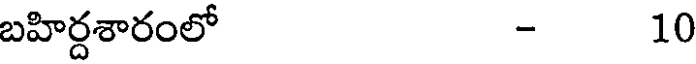
బహిర్దశారంలో - 10